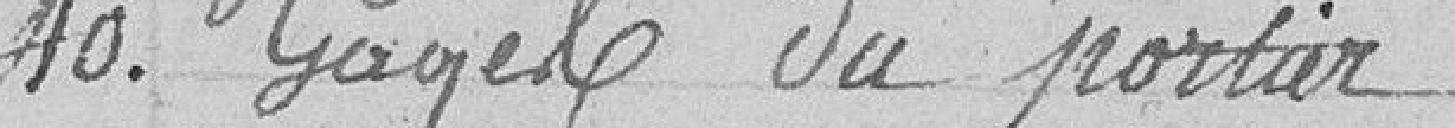
40. Gages du portier